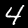
Digit: 4